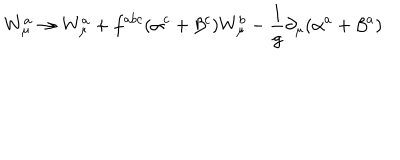
W _ { \mu } ^ { a } \to W _ { \mu } ^ { a } + f ^ { a b c } ( \alpha ^ { c } + \beta ^ { c } ) W _ { \mu } ^ { b } - \frac { 1 } { g } \partial _ { \mu } ( \alpha ^ { a } + \beta ^ { a } )